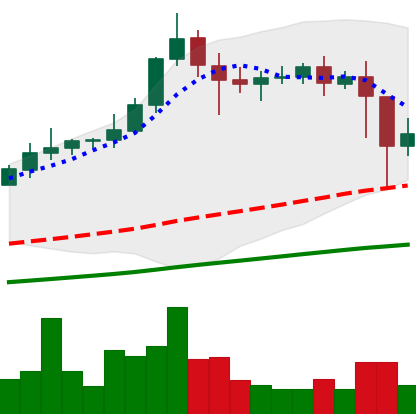
Ticker: XLM-USD
Chart end date: 2021-02-24
Forward return: 5.667%
Label: up_5_7